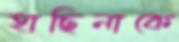
হাছিনাকে